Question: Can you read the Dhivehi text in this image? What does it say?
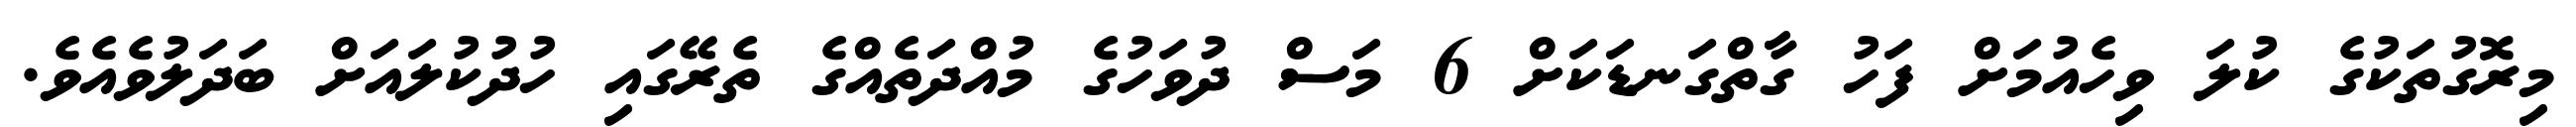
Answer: މިރޮގުތަކުގެ ކުލަ ވިހެއުމަށް ފަހު ގާތްގަނޑަކަށް 6 މަސް ދުވަހުގެ މުއްދަތެއްގެ ތެރޭގައި ހުދުކުލައަށް ބަދަލުވެއެވެ.